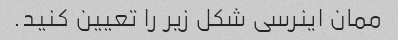
ممان اینرسی شکل زیر را تعیین کنید.